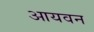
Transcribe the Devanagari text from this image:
आयवन